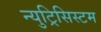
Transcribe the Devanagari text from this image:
न्युट्रिसिस्टम